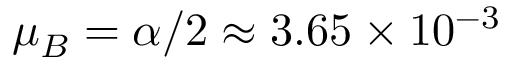
\mu _ { B } = \alpha / 2 \approx 3 . 6 5 \times 1 0 ^ { - 3 }